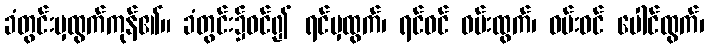
ခံတွင်းမှထွက်ကုန်၏။ ခံတွင်း၌ဝင်၍ ရင်မှထွက်၊ ရင်ဝင် ဝမ်းထွက်၊ ဝမ်းဝင် ပေါင်ထွက်၊